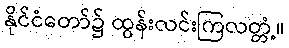
နိုင်ငံတော်၌ ထွန်းလင်းကြလတ္တံ့။